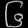
Digit: ၆